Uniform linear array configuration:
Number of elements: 24
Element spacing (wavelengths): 0.5
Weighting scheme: hann
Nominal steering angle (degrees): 45
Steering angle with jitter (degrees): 46.204
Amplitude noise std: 0.05
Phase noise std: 0.05

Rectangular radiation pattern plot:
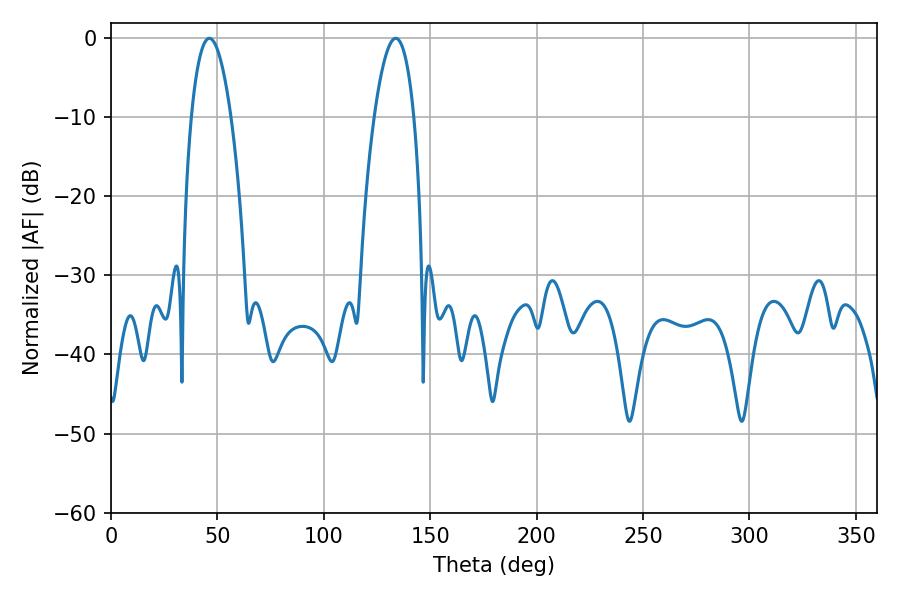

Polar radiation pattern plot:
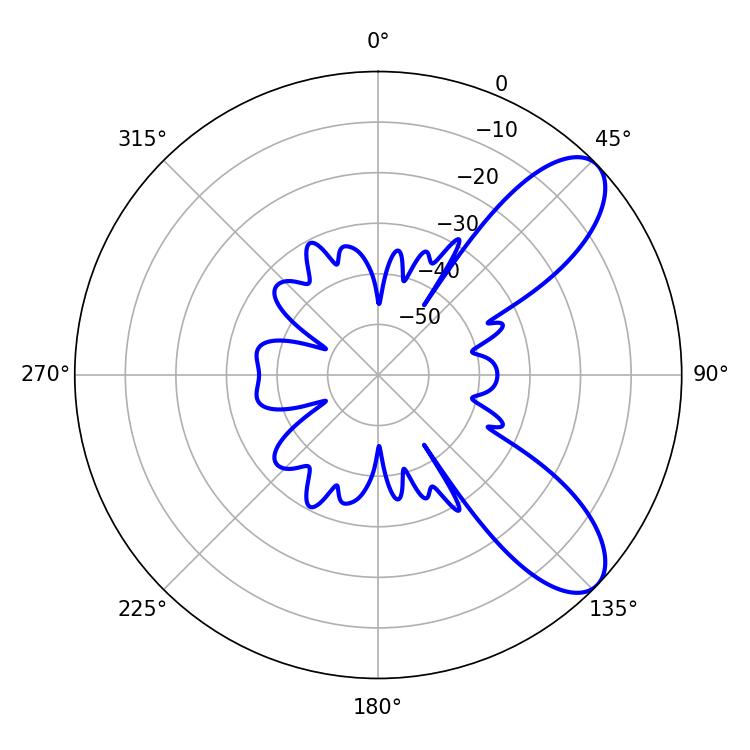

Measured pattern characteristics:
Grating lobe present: FALSE
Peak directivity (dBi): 8.543
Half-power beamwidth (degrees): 10.44
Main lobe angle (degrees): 46.26